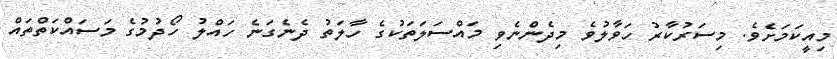
މިއީކަމަށެވެ. މިސަރުކާރު ހަވާލުވެ މިދެންނެވި މައްސަލަތަކުގެ ހާލަތު ދެނެގަނެ ހައްލު ހޯދުމުގެ މަސައްކަތްތައް